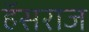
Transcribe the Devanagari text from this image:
हॅसराज